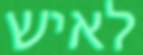
לאיש